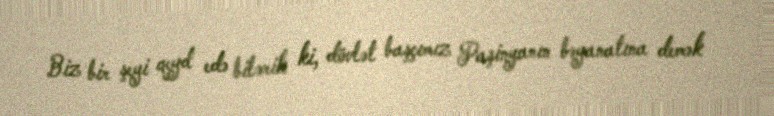
Biz bir şeyi qeyd edə bilərik ki, dövlət başçımız Paşinyanın bəyanatına demək